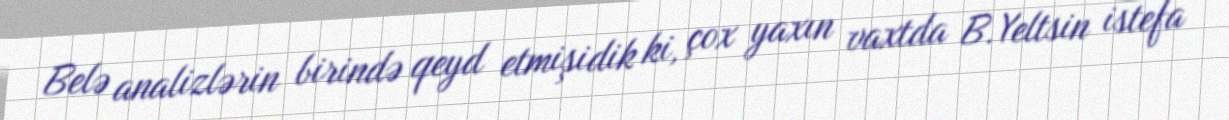
Belə analizlərin birində qeyd etmişidik ki, çox yaxın vaxtda B.Yeltsin istefa